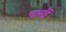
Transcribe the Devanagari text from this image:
पार्सी